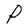
Character: P